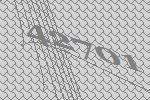
42701